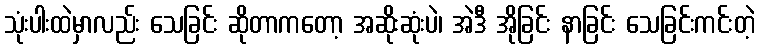
သုံးပါးထဲမှာလည်း သေခြင်း ဆိုတာကတော့ အဆိုးဆုံးပဲ၊ အဲဒီ အိုခြင်း နာခြင်း သေခြင်းကင်းတဲ့